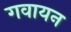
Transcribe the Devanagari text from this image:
गवायन